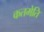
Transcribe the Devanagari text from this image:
कतमेति